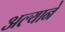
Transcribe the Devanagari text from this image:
अल्याने